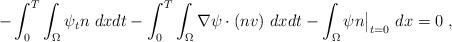
LaTeX: \begin{align*} -\int_0^T \int_\Omega \psi_t n \ dxdt-\int_0^T \int_\Omega \nabla \psi \cdot (nv) \ dxdt - \int_\Omega \psi n \big|_{t=0} \ dx=0 \ , \end{align*}